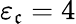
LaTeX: \varepsilon_{\mathfrak{c}}=4